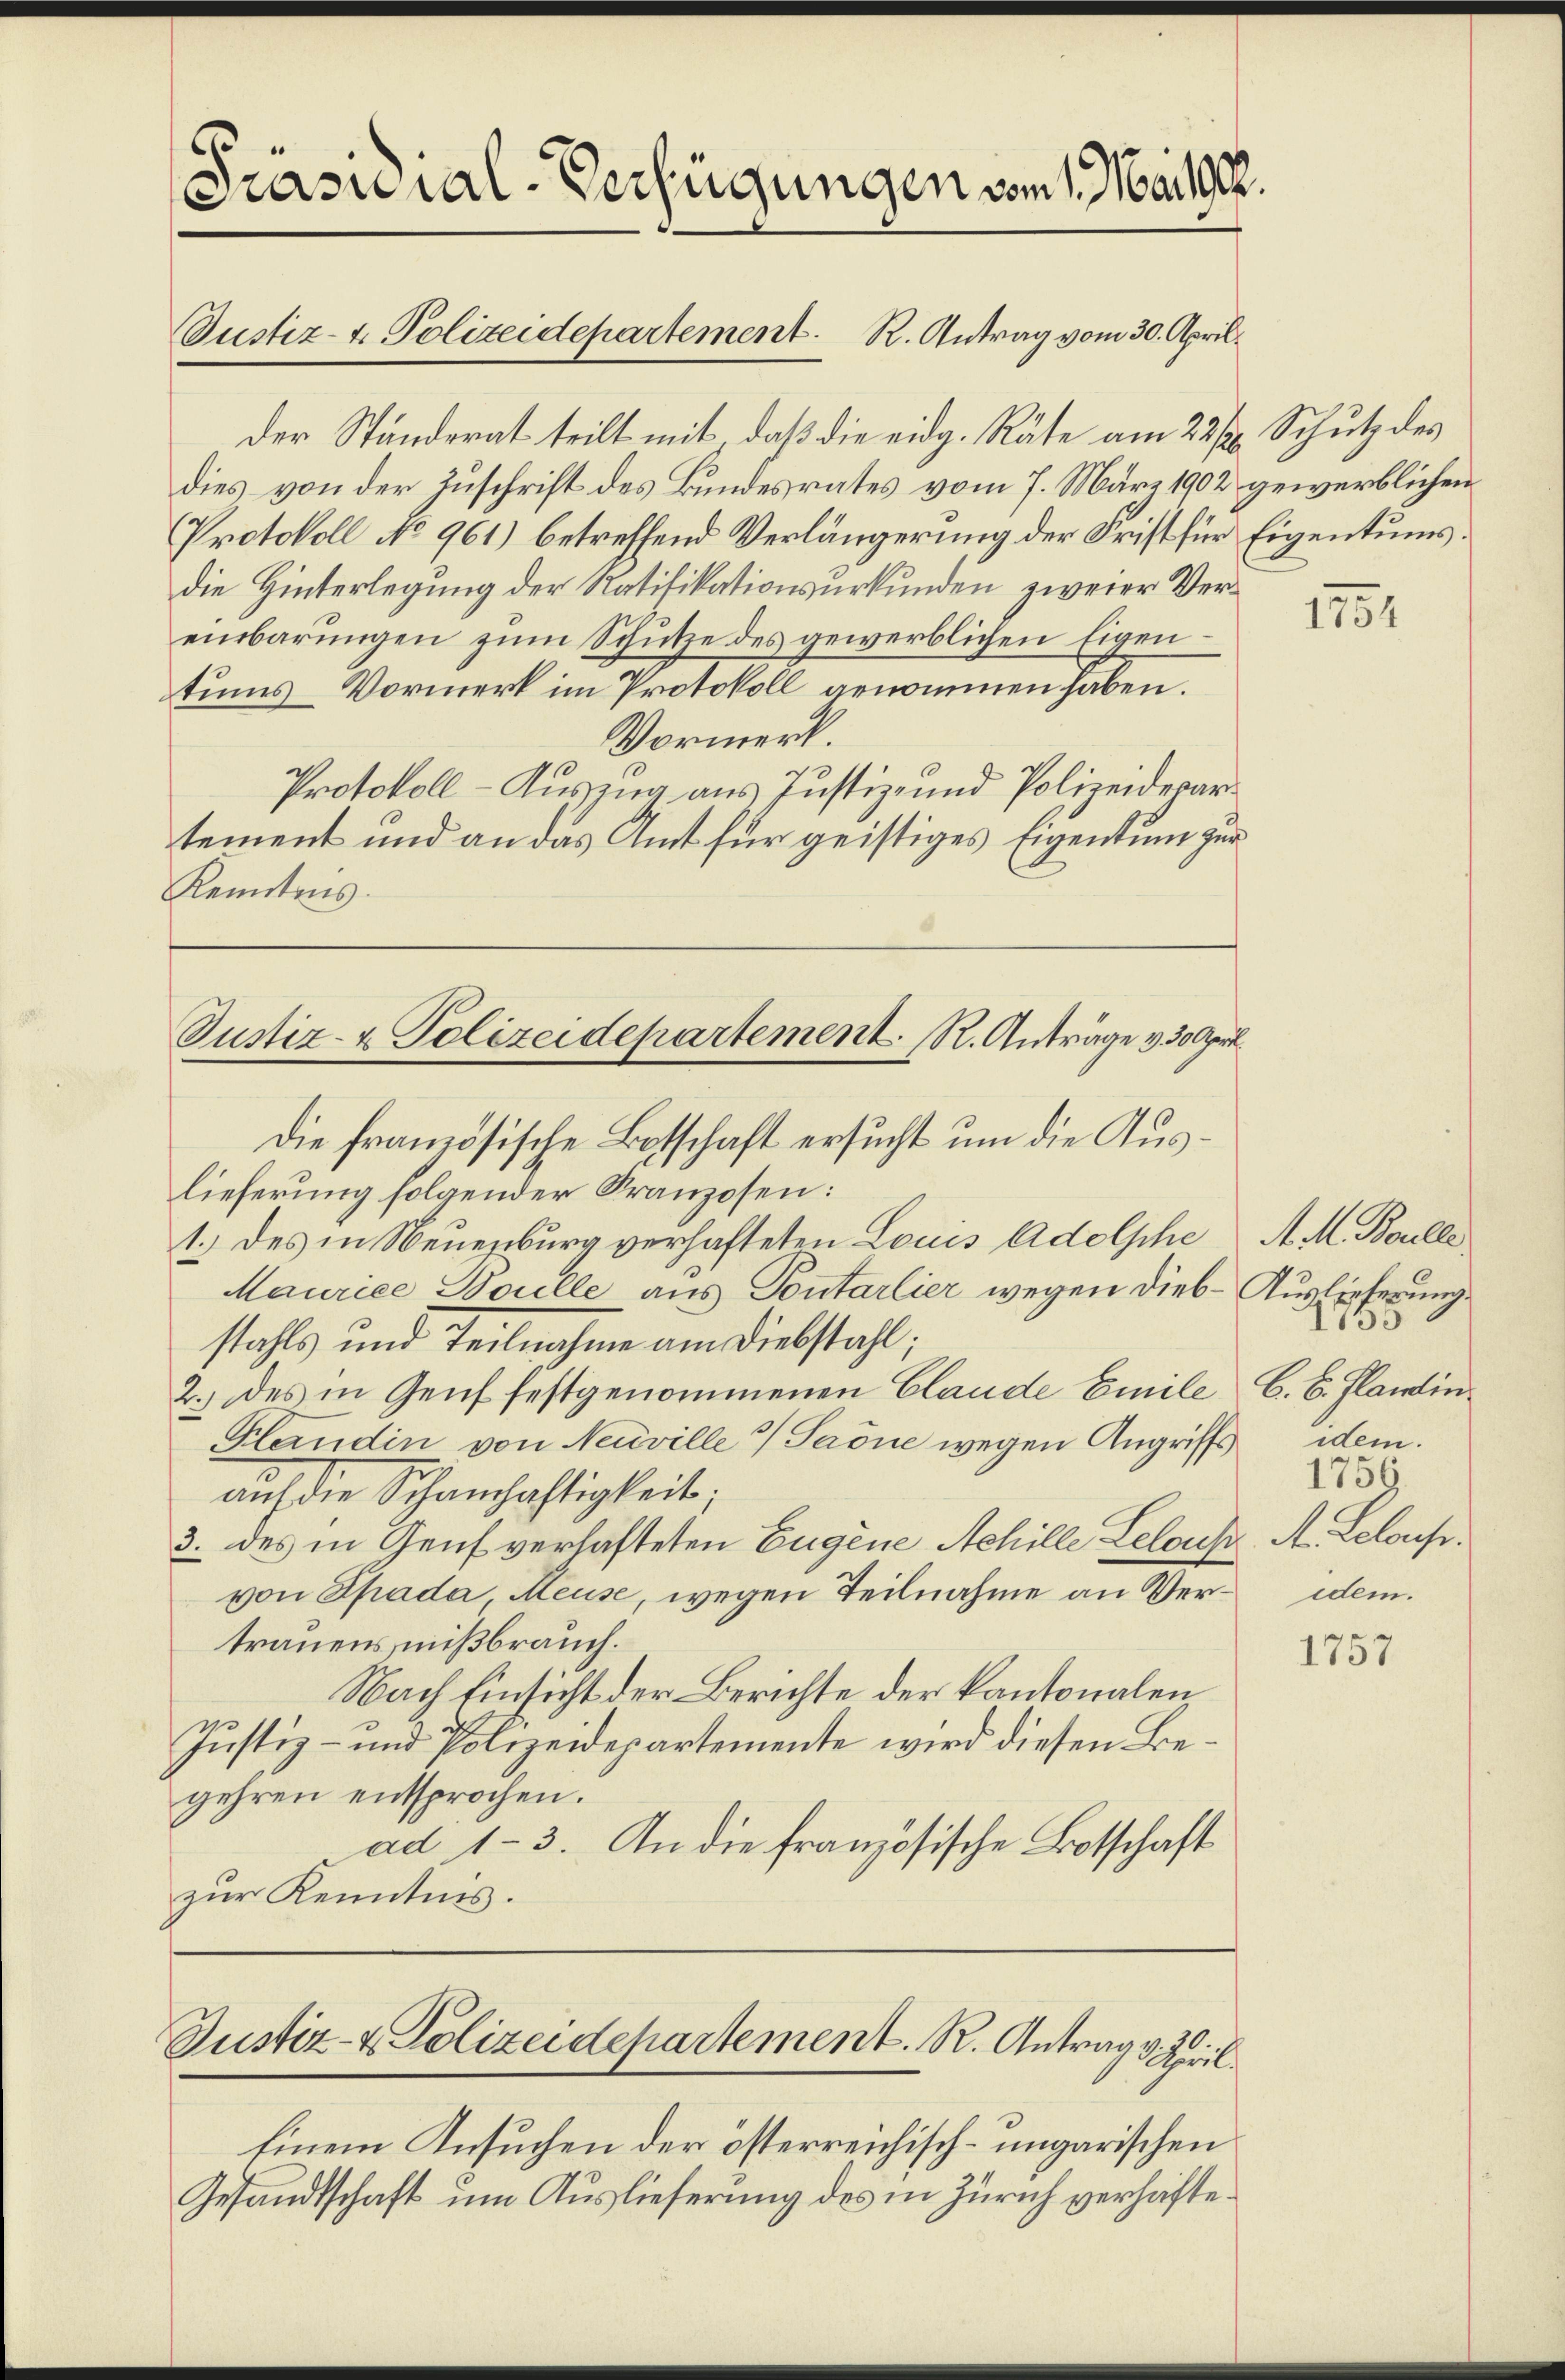
2
Prasural-Verfügungen vom 1. Mart.

Justiz- & Polizeidepartement. R. Antrag vom 30. April.

Der Ständerat teilt mit, daß die eidg. Räte am 22sten Schutz des
dies von der Zuschrift des Bundesrates vom 7. März 1902 gewerblichen
Protokoll No 961) betreffend Verlängerung der Frist für Eigentumsdie Hinterlegung der Ratifikationsurkunden zweier Vereinbarungen zum Schütze des gewerblichen Eigentums-Vormerk im Protokoll genommen haben.
Vormerk.
Protokoll - Auszug aus Justiz- und Polizeidepartement und an das Amt für geistiges Eigentum zur
Kenntnis.

Justiz- & Polizeidepartement. R. Anträge v. 30 Apri
Die französische Botschaft ersucht um die Aus¬

lieferung folgender Franzosen:
1.) des in Neuenburg verhafteten Louis Adolphe, A. M. Bolle
Maurice Boulle aus Pontarlier wegen Dieb- Auslieferung
stahls und Teilnahme am Diebstahl;
2.) des in Genf festgenommenen Claude Emile 6. B. Planin¬
Plandin von Neuville & Saöne wegen Angriffs dem
auf die Schauschaftigkeit;
3. des in Genf verhafteten Eugene Achille Lelous A. Lelous.
von Spada, Heuse, wegen Teilnahme an Ver- dem
trauens mißbrauch.
Nach Einsicht der Berichte der Kantonalen
Justiz- und Polizeidepartemente wird diesen Begehren entsprochen.
ad 13. An die französische Botschaft
zur Kenntnis.

0.
Justiz- & Polizeidepartement. R. Antrag 3. April.

Einem Ansuchen der österreichisch-ungarischen
Gesandtschaft um Auslieferung des in Zürich verhafte¬

1751

1756.

1757